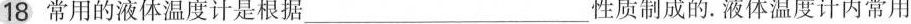
18 常用的液体温度计是根据___性质制成的。液体温度计内常用